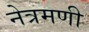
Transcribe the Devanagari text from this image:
नेत्रमणी